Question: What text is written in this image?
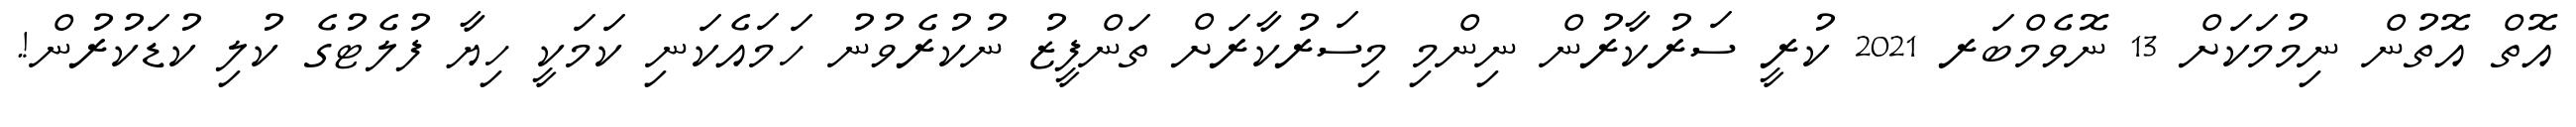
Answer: އޮތް އޮތުން ނިމުމަކަށް 13 ނޮވެމްބަރ 2021 ކުރީ ސަރުކާރުން ނިންމި މިސަރުކާރަށް ތަންފީޒު ނުކުރެވުނު ހަމައެކަނި ކަމަކީ ހިޔާ ފުލެޓުގެ ކުލި ކުޑަކުރުން!.